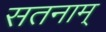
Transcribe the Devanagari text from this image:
सतनाम्